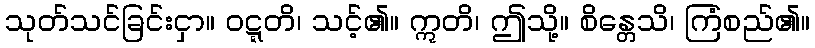
သုတ်သင်ခြင်းငှာ။ ဝဋ္ဋတိ၊ သင့်၏။ ဣတိ၊ ဤသို့။ စိန္တေသိ၊ ကြံစည်၏။